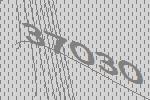
37030